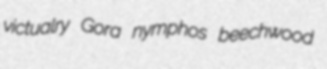
victualry Gora nymphos beechwood